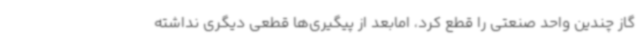
گاز چندین واحد صنعتی را قطع کرد، امابعد از پیگیری‌ها قطعی دیگری نداشته